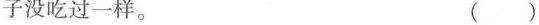
子没吃过一样。 ( )